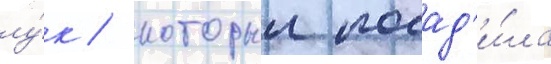
лу́к / которыи посад'и́ла